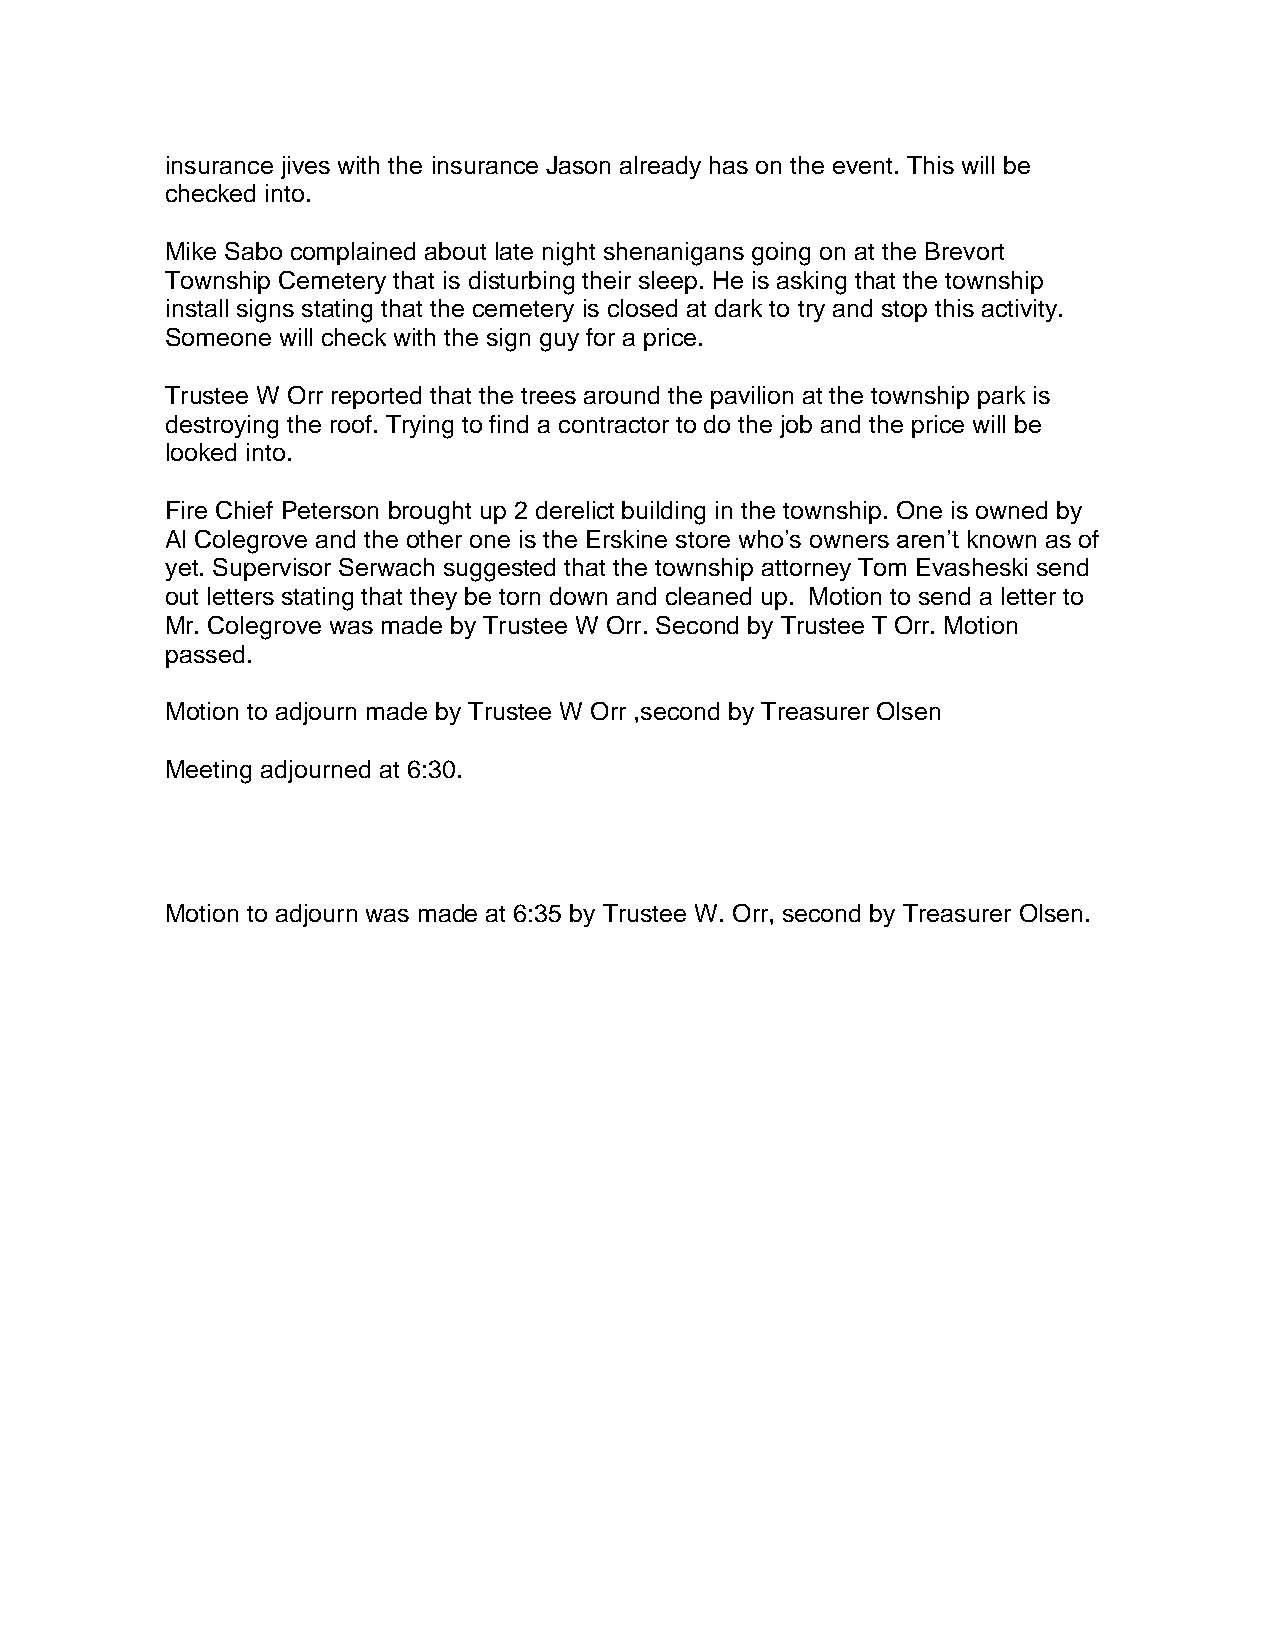
insurance jives with the insurance Jason already has on the event. This will be
 checked into.
 Mike Sabo complained about late night shenanigans going on at the Brevort
 Township Cemetery that is disturbing their sleep. He is asking that the township
 install signs stating that the cemetery is closed at dark to try and stop this activity.
 Someone will check with the sign guy for a price.
 Trustee W Orr reported that the trees around the pavilion at the township park is
 destroying the roof. Trying to find a contractor to do the job and the price will be
 looked into.
 Fire Chief Peterson brought up 2 derelict building in the township. One is owned by
 Al Colegrove and the other one is the Erskine store who’s owners aren’t known as of
 yet. Supervisor Serwach suggested that the township attorney Tom Evasheski send
 out letters stating that they be torn down and cleaned up. Motion to send a letter to
 Mr. Colegrove was made by Trustee W Orr. Second by Trustee T Orr. Motion
 passed.
 Motion to adjourn made by Trustee W Orr ,second by Treasurer Olsen
 Meeting adjourned at 6:30.
 Motion to adjourn was made at 6:35 by Trustee W. Orr, second by Treasurer Olsen.